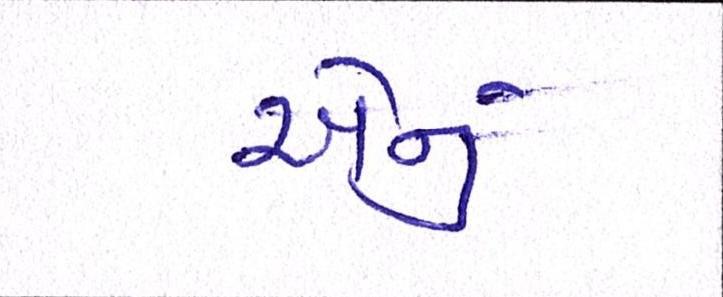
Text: એનું